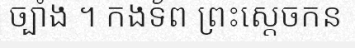
ច្បាំង ។ កងទ័ព ព្រះស្តេចកន